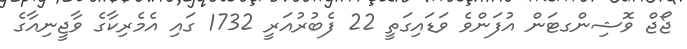
ޖޯޖް ވޮޝިންގޓަން އުފަންވެ ވަޑައިގަތީ 22 ފެބުރުއަރީ 1732 ގައި އެމެރިކާގެ ވާޖީނިއާގެ